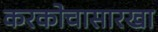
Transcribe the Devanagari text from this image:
करकोचासारखा